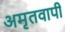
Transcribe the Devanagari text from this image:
अमृतवापी